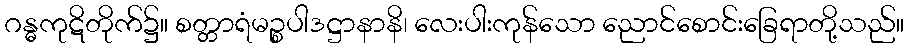
ဂန္ဓကုဋိတိုက်၌။ စတ္တာရံမဉ္စပါဒဋ္ဌာနာနိ၊ လေးပါးကုန်သော ညောင်စောင်းခြေရာတို့သည်။